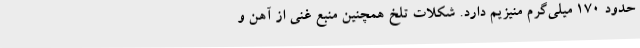
حدود 170 میلی‌گرم منیزیم دارد. شکلات تلخ همچنین منبع غنی از آهن و